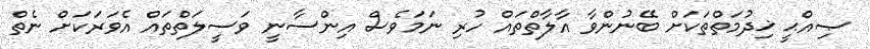
ޞިއްޙީ ޚިދުމަތްތަކަށް ބޭނުންވާ އާލާތްތައް ހުރި ނަމަވެސް އިންސާނީ ވަސީލަތްތައް އެވަރަކަށް ނެތް